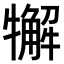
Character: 𤛳